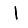
Digit: 1